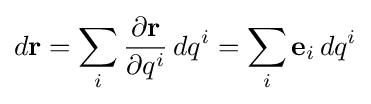
d\mathbf {r} =\sum _{i}{\frac {\partial \mathbf {r} }{\partial q^{i}}}\,dq^{i}=\sum _{i}\mathbf {e} _{i}\,dq^{i}